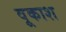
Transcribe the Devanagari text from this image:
वूकाश